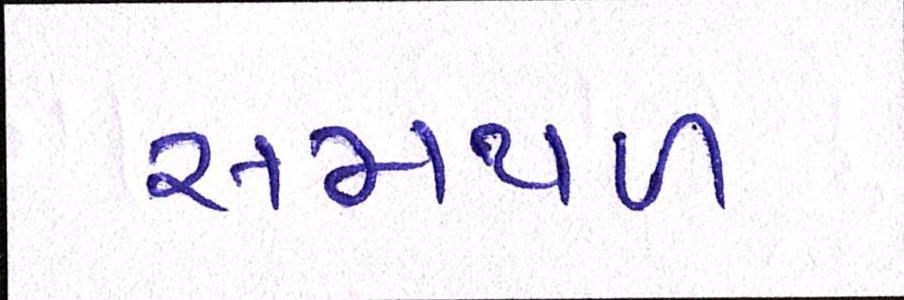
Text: સમથળ